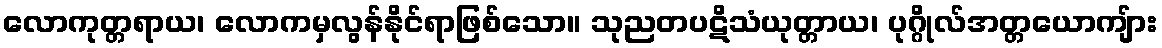
လောကုတ္တရာယ၊ လောကမှလွန်နိုင်ရာဖြစ်သော။ သုညတပဋိသံယုတ္တာယ၊ ပုဂ္ဂိုလ်အတ္တယောကျ်ား